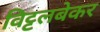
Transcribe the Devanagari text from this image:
विट्टलबेकर